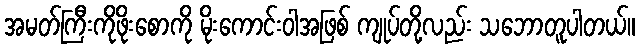
အမတ်ကြီးကိုဖိုးစောကို မိုးကောင်းဝါအဖြစ် ကျုပ်တို့လည်း သဘောတူပါတယ်။